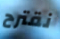
نقترح